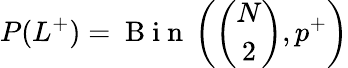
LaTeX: P(L^{+})=\mathrm{~B~i~n~}\left(\binom{N}{2},p^{+}\right)